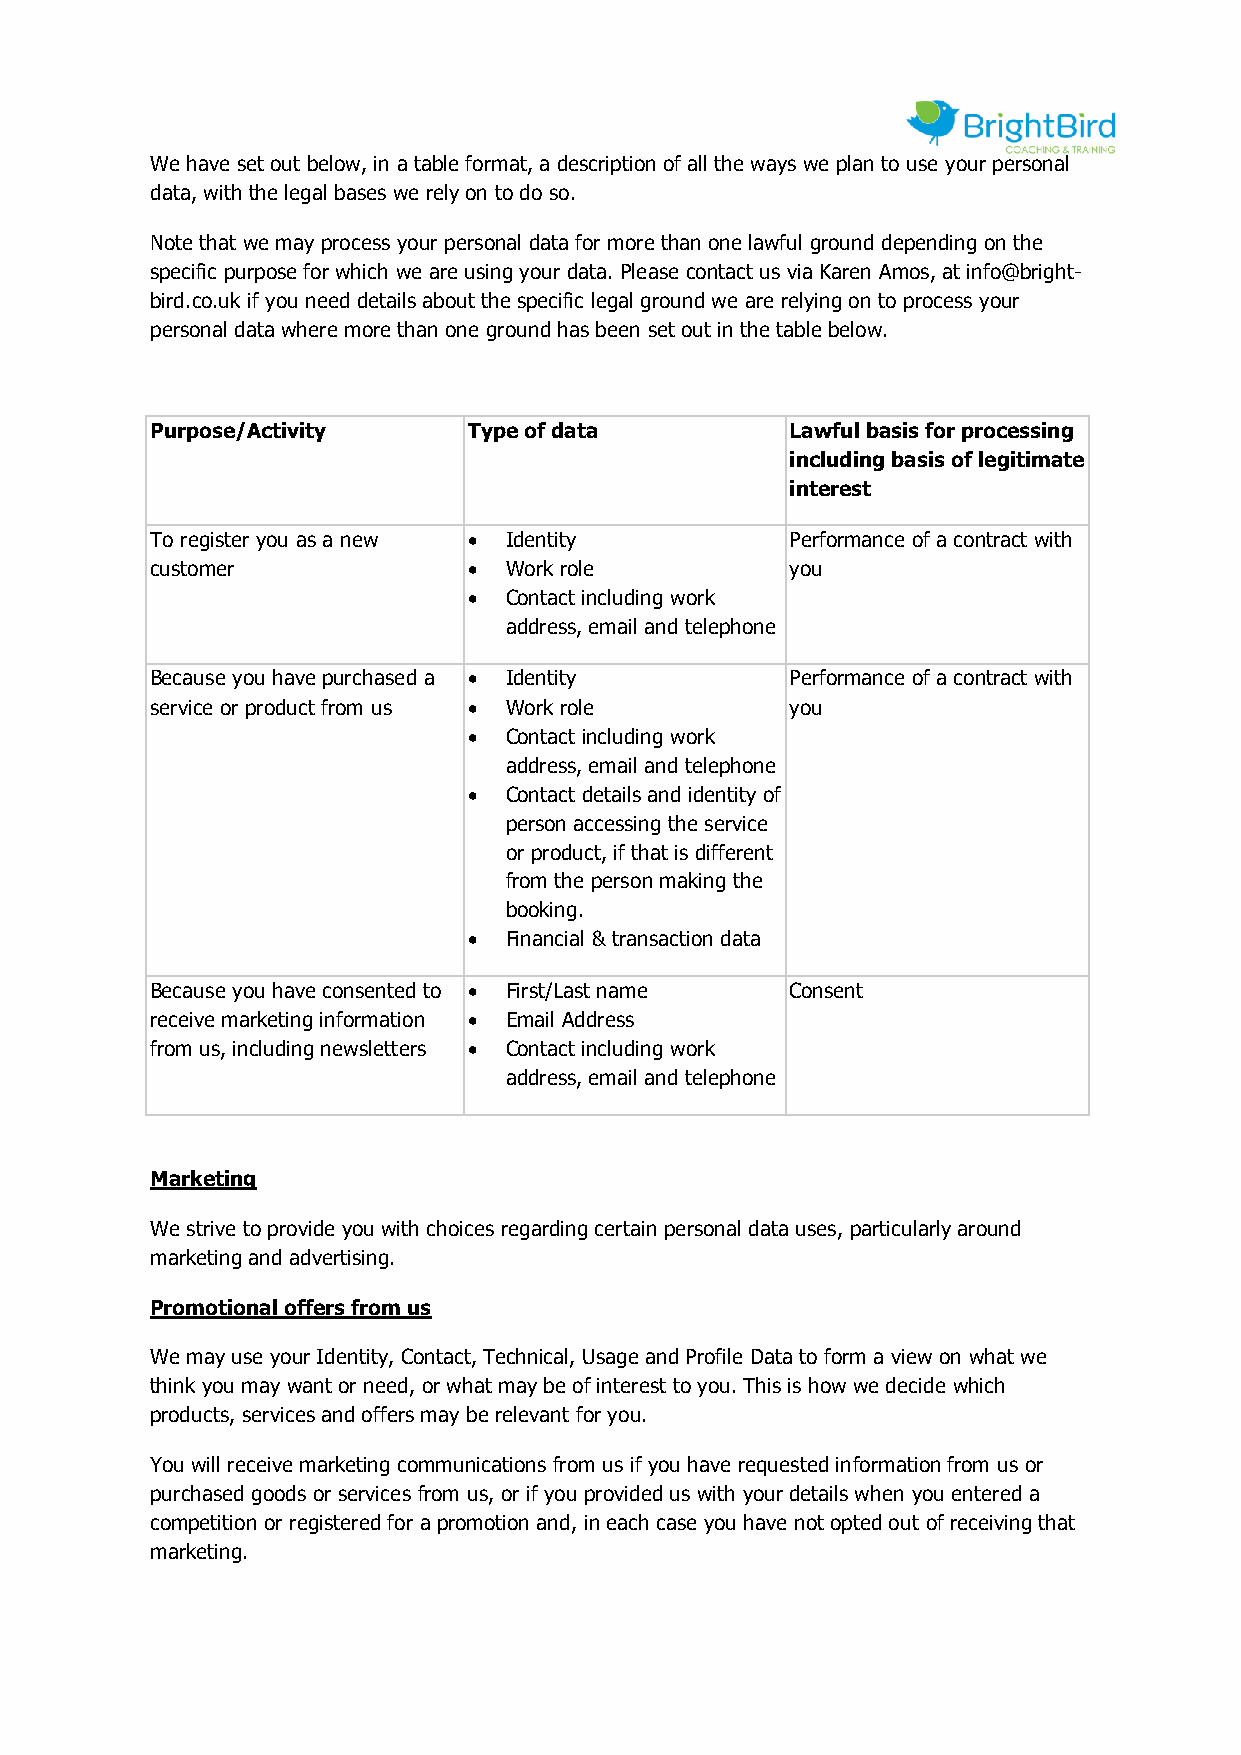
We have set out below, in a table format, a description of all the ways we plan to use your personal
 data, with the legal bases we rely on to do so.
 Note that we may process your personal data for more than one lawful ground depending on the
 specific purpose for which we are using your data. Please contact us via Karen Amos, at info@bright-
 bird.co.uk if you need details about the specific legal ground we are relying on to process your
 personal data where more than one ground has been set out in the table below.
 Purpose/Activity     Type of data         Lawful basis for processing
 including basis of legitimate
 interest
 To register you as a new • Identity       Performance of a contract with
 customer             • Work role          you
 • Contact including work
 address, email and telephone
 Because you have purchased a • Identity   Performance of a contract with
 service or product from us • Work role    you
 • Contact including work
 address, email and telephone
 • Contact details and identity of
 person accessing the service
 or product, if that is different
 from the person making the
 booking.
 • Financial & transaction data
 Because you have consented to • First/Last name Consent
 receive marketing information • Email Address
 from us, including newsletters • Contact including work
 address, email and telephone
 Marketing
 We strive to provide you with choices regarding certain personal data uses, particularly around
 marketing and advertising.
 Promotional offers from us
 We may use your Identity, Contact, Technical, Usage and Profile Data to form a view on what we
 think you may want or need, or what may be of interest to you. This is how we decide which
 products, services and offers may be relevant for you.
 You will receive marketing communications from us if you have requested information from us or
 purchased goods or services from us, or if you provided us with your details when you entered a
 competition or registered for a promotion and, in each case you have not opted out of receiving that
 marketing.